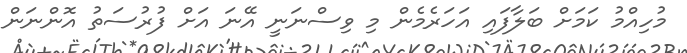
މުހިއްމު ކަމަށް ބަލާފައި އަހަރެމެން މި ވިސްނަނީ އޭނަ އަށް ފުރުސަތު އޮންނަން